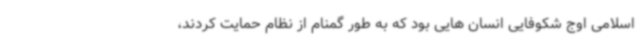
اسلامی اوج شکوفایی انسان هایی بود که به طور گمنام از نظام حمایت کردند،